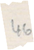
46